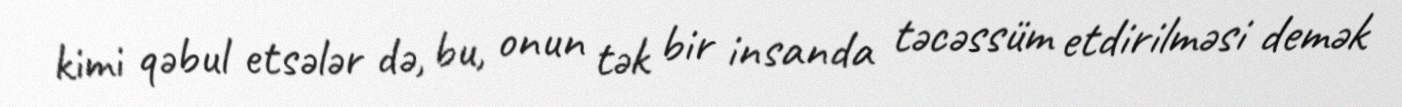
kimi qəbul etsələr də, bu, onun tək bir insanda təcəssüm etdirilməsi demək